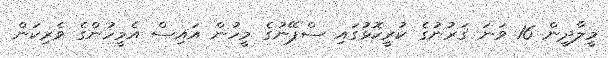
މީލާދީން 16 ވަނަ ޤަރުނުގެ ކުރީކޮޅުގައި ސްޕޭނުގެ މީހުން އައިސް އެމީހުންގެ ވެރިކަން